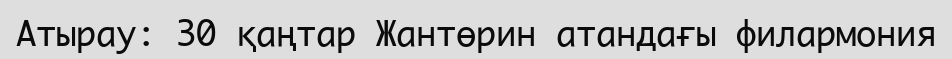
Атырау: 30 қаңтар Жантөрин атандағы филармония